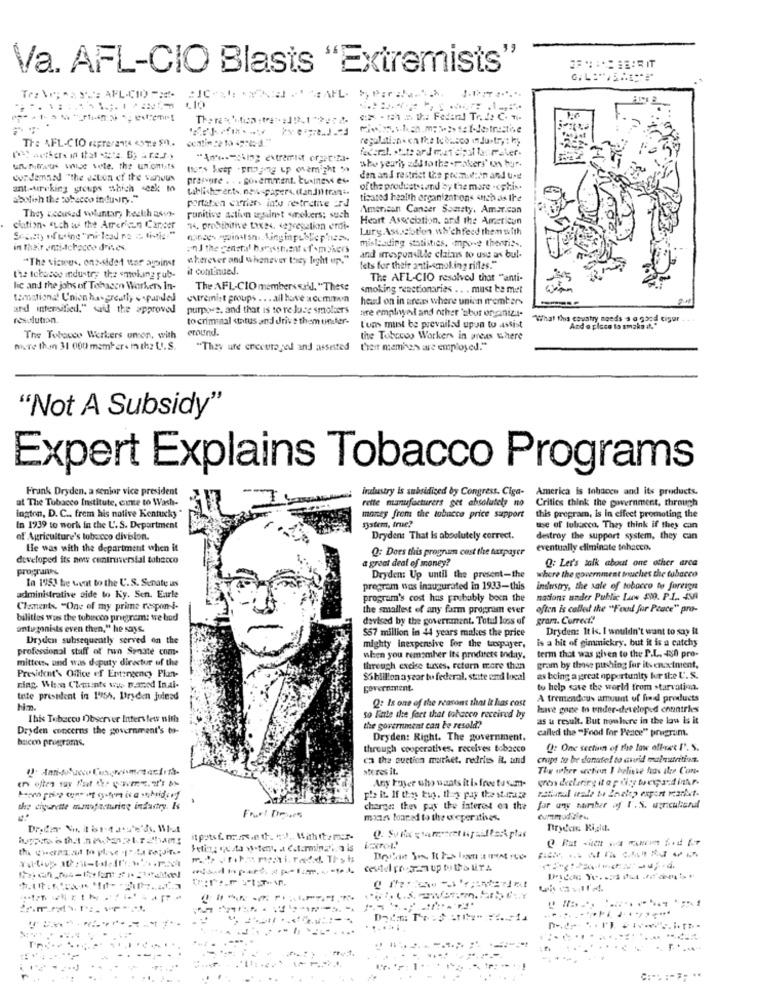
Va. AFL-CIO Blasts "Extremists'
Tre Ve; AS SE AFL-CIO --
:IC
HAFL.
regulation. on the te busco in Justr, : by
unitous wwwoe vele. the unionists
she yeariy add to the .rakers' en tur.
condemand "the eston of the wanous
prasure . . . goverment. business es-
den and restrict the poemution and use
ant -treking groups which seek to
tablisherents, newspapers. (and trani
of the productstand by the more .estin.
abolish the tobacco industry."
portaten carriers intu restrictive rd
ticated health organizations anch as Ire
American Cancer Somsty, Amar.can
They accused voluntar, health asvy-
punitive action waalmt wrekers; such
Heart Association, and the Americun
ciation. such as the American Cancer
14, prohibitive DEN, segregation erdi-
Lurg.Ast.cotion. whichfeed them with
Schety of using "ni lead ne ct. title ="
misleading statistics. mpo-e theorie ..
in their emi-Achacce dres
wherever and whenever toney light up."
and imespumille claims to use an bul-
it continues.
Iets for their anti-smoking rifles."
the tobacco industry the smoking pub-
The AFL-CIO resolved that "anti-
lic and the johs of Tohacen Workers In-
The AFL-CIO members said. "These
smoking reactionaries .. . must be met
temational Union hasgreatly &spardel
Guremist groups .. . all have acemin
head on in areas where union members
and intensified," said the approved
purpose, and that is to re lase smolders
mire emalwel and other 'sbor organiza-
resolution
to criminal status and drive them under-
"What this country needs s a good cigar
eround.
Lum must be prevailed upon to assist
And a place to smaks at."
The Tobacco Werkers unon, with
the Tobacco Workers in areas where
Biere then 31 000 members in the U.S.
"They are encouraged and assisted their members are employed."
"Not A Subsidy"
Expert Explains Tobacco Programs
Frank Dryden, a senior vice president
irulustry is subsidized by Congress. Ciga-
at The Tobacco Institute, eine to Wash-
rette manufacturers get absolutely no
America is tobacco and its products.
Critics think the government, through
money from the tobacco price support this program, is in effect promoting the
ington, D. C .. frem his native Kentucky
money from the tobacco price support
13stem, true?
this program, is in effect promoting the
In 1939 to work in the U. S. Department
we of tulucca, They think if they can
of Agriculture's tobacco division.
Dryden: That Is absolutely correct.
destroy the support system, they can
He was with the department when it
Q: Does this program cost the taxpayer
eventually eliminate inhacco.
developed its new controversial tobacco
a great deal of money?
Q: Let's talk about one other arca
Propranks
where the government touches the tobacco
In 1953 be went to the U.S. Senate us
Dryden: Up until the present-the
program was inaugurated in 1933-this
industry, the sale of tobacco to foreign
administrative side to Ky. Sen. Earle
program's cost has probably been the
nations under Public Law 490. P.I .. 45A
Clanents. "One of my prime respon- i-
the smallest of any farm program ever
often is called the ""Food for Peace" pro-
bilities was the tubeoto prugram: we bad
devised by the government. Total loss of
gram. Correct?
antugnists even then," he says.
$57 million in 44 years makes the price
Dryden: It is. I wouldn't want to say it
Dryden subsequently served on the
is a bit of gimmickry, but it is a catchy
professional staff of fun Senate com-
mighty inexpensive for the taxpayer,
term that was given to the P.L. 480 pro-
mitters, and was deputy director of the
when you remember Its products today.
through excise tuses, return more than
gram by those punching for its enactment,
President's Office of Ertingency Plan-
$5billion a year to federal, state and local
as being a great opportunity for the U.S.
ning, When Chants wis named Inai-
government.
to help save the world from starvation.
Inte president in 19756. Dryden juinsd
Q: Is one of the reasons that it has cost
A tremendous amount of find products
have gone to under-developed countries
Ibis Tubaceu Observer Interview with
so Fiale the fact that tobacco received by
as a result. But nowhere in the low is it
Dryden concerns the government's to-
the government can be resold?
called the "Food for Peace" program.
hacen programs.
Dryden: Right. The government.
through cooperatives, receives tobacco
Q: One section of the law offree I'. S.
ca the suction market, redries it, und
chape to be danatol to avvid malnutrition.
stres it.
The wher section I believe has itse Con-
Any Flyer who wants it is free tosam- crea declaring it a prisy brevard ink.r.
the cigarette manufacturing industry. Is
charge: they pay the interest on the
charge: they pay the interest on the for uns narber og I . S. agricultural
for uns narber of I. S. agricultural
Fourtimes
money boaradd to the oreperatives.
Tirydens Kiggia.
. ...
........
-----